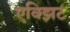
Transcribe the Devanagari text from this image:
एक्झिट